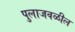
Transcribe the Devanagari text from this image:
पुलाजवळील